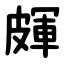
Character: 皹